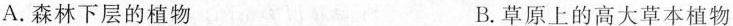
A.森林下层的植物 B草原上的高大草本植物